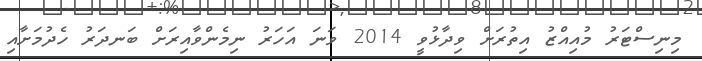
މިނިސްޓަރު މުއިއްޒު އިތުރަށް ވިދާޅުވީ 2014 ވަނަ އަހަރު ނިމެންވާއިރަށް ބަނދަރު ހެދުމަށާއި